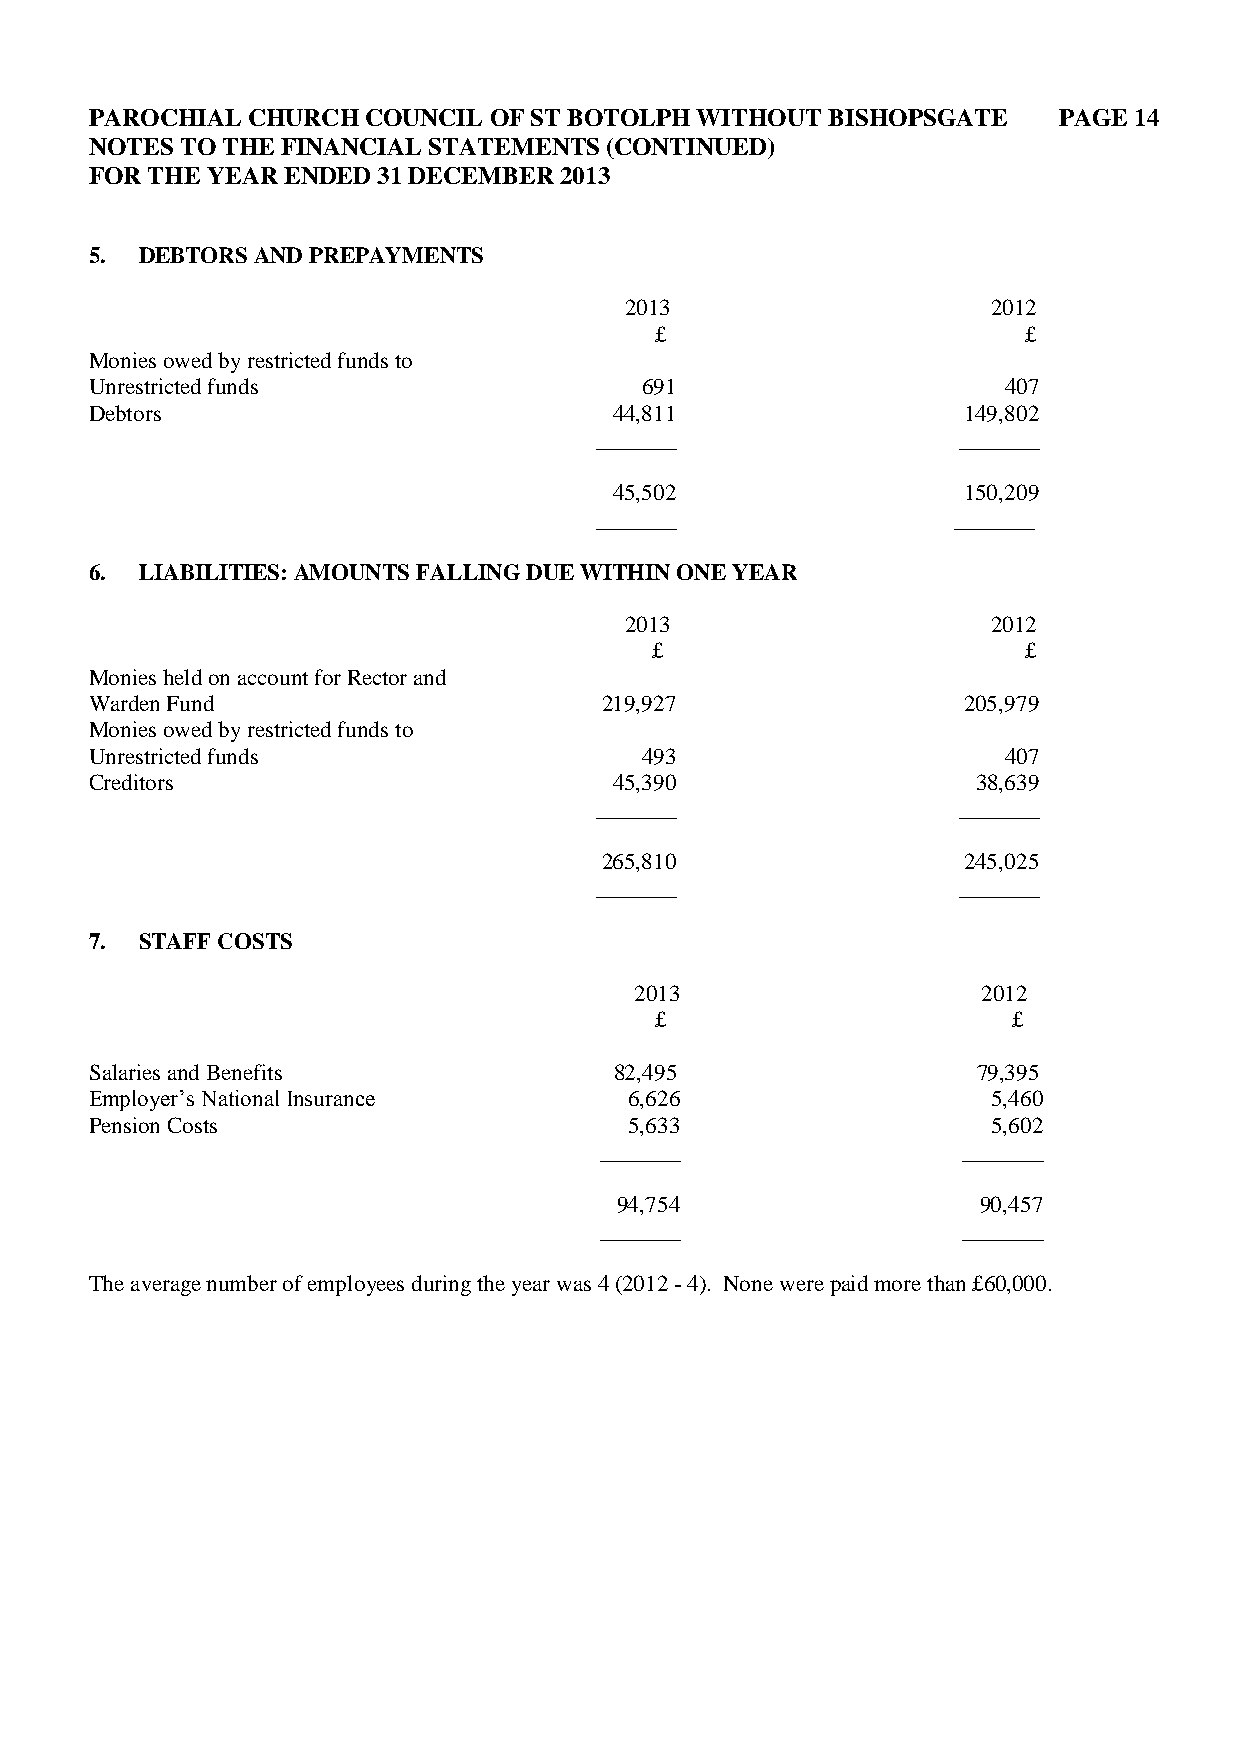
PAROCHIAL CHURCH  COUNCIL OF ST BOTOLPH WITHOUT  BISHOPSGATE    PAGE 14
 NOTES TO THE FINANCIAL STATEMENTS (CONTINUED)
 FOR THE YEAR ENDED 31 DECEMBER 2013
 5. DEBTORS AND PREPAYMENTS
 2013                     2012
 £                        £
 Monies owed by restricted funds to
 Unrestricted funds                  691                     407
 Debtors                            44,811                 149,802
 _______                 _______
 45,502                 150,209
 _______                 _______
 6. LIABILITIES: AMOUNTS FALLING DUE WITHIN ONE YEAR
 2013                     2012
 £                        £
 Monies held on account for Rector and
 Warden Fund                       219,927                 205,979
 Monies owed by restricted funds to
 Unrestricted funds                  493                     407
 Creditors                          45,390                  38,639
 _______                 _______
 265,810                 245,025
 _______                 _______
 7. STAFF COSTS
 2013                   2012
 £                       £
 Salaries and Benefits              82,495                  79,395
 Employer’s National Insurance       6,626                   5,460
 Pension Costs                       5,633                   5,602
 _______                 _______
 94,754                  90,457
 _______                 _______
 The average number of employees during the year was 4 (2012 - 4). None were paid more than £60,000.